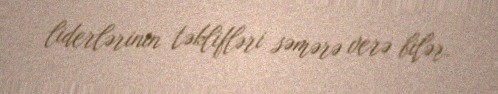
liderlərinin təklifləri səmərə verə bilər.